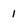
Character: 1